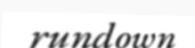
rundown